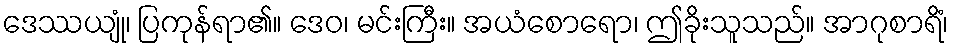
ဒေဿယျုံ၊ ပြကုန်ရာ၏။ ဒေဝ၊ မင်းကြီး။ အယံစောရော၊ ဤခိုးသူသည်။ အာဂုစာရိံ၊